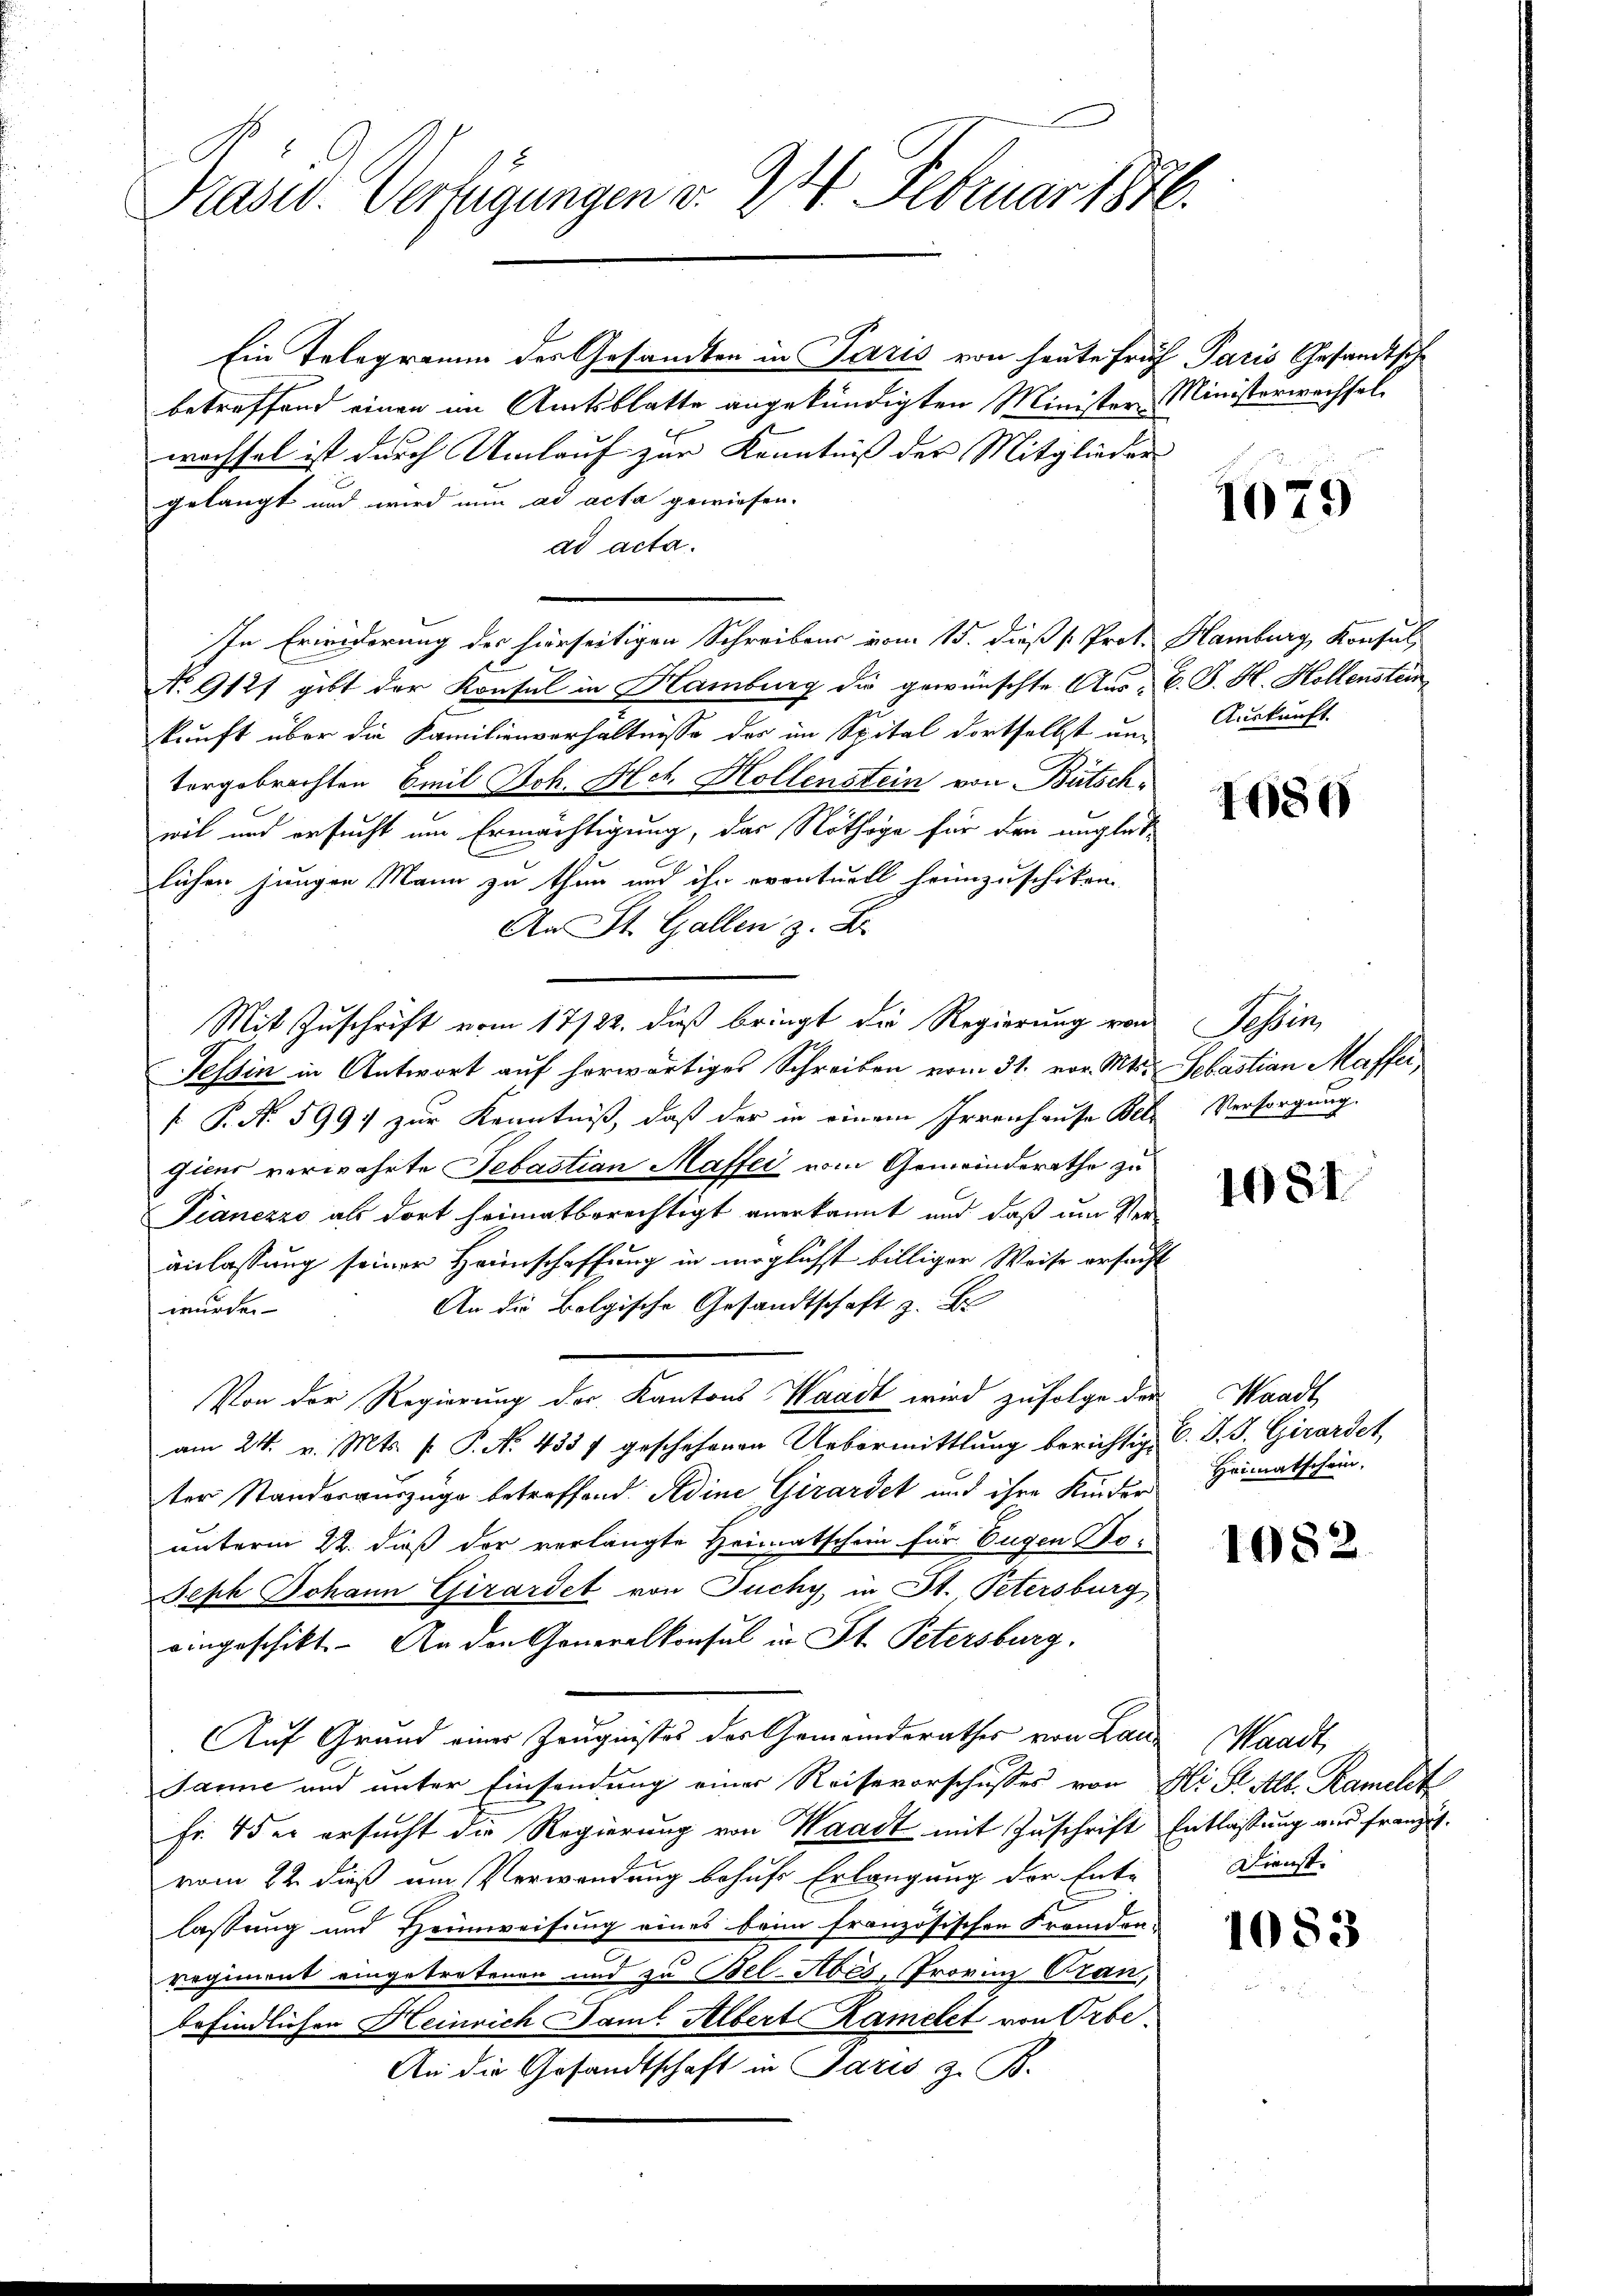
Präsid. Verfügungen v. 24. Februar 1886.

Ein Telegramm des Gesandten in Paris von heute Früh Paris Gesandtsch
betreffend einen im Amtsblatte angekündigten Minister Ministerwechselwachsel ist durch Umlauf zur Kenntniß des Mitglieder
gelangt und wird nun ad acta gewiesen.
ad acta.
In Erwiderung der hierseitigen Schreibens vom 15. dieß (: Prof. Hamburg, Konsul
No 912 gibt der Konsul in Hamburg die gewünschte Aus- C. J. H. Hollenstein
kunft über die Familienverhältnisse der im Spital dortselbst und Auskunft
tergebrachten Emil Joh. Hch. Hollenstein von Bütschwil und ersucht um Ermächtigung, das Nöthige für den unglüklichen jungen Mann zu thun und ihn eventuell heimzuschiken.
An St. Gallen z. B.
Mit Zuschrift vom 17/22. daß bringt die Regierung von Tessin,
Tessin in Antwort auf horwärtiges Schreiben vom 31. vor. Mts. Sebastian Maffer
 P. N. 599. zur Kenntniß, daß der in einem Irrenhause Bele Versorgung
gieur verwahrte Sebastian Maffer vom Gemeinderathe zu
Pianezzo als dort heimatberechtigt anerkannt und daß um Ver-
anlassung seiner Heimschaffung in möglichst billiger Weise ersucht
An die Bolgische Gesandtschaft z. B
wurden
Von der Regierung der Kantons Waadt wird zufolge der Waadt,
am 24. v. Mts. f. P. No. 4357 geschehenen Uebermittlung berichtig C. S. J. Girardet,
ter Standerauszüge betreffend Adine Girardet und ihre Kinder
unterm 22. dieß der verlangte Heimatschein für Eugen To¬
Seph Johann Girardet von Tuchy, in St. Petersburg
eingeschikt. An den Generalkonsul in St. Petersburg.
Auf Grand einer Zeugnisses der Gemeinderathes von Lau¬
Janne und unter Einsendung einer Reisevorschusses von Ni. S. Alb. Ramelt
Fr. 4 der ersucht die Regierung von Waadt mit Zuschrift
vom 22. dieß um Verwendung behufs Erlangung der Ent-
lassung und Heimweisung eines beim französischen Fremden-
regiment eingetretenen und zu Bel-Abés, Provinz Cran,
befindlichen Heinrich Famil. Albert Ramelet von Orbe.
An die Gesandtschaft in Paris z. B.

1679

1680

1081.

Heimatschein,

1082

Waadt,
Entlassung wir franzit.
Dienst.

1083